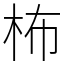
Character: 柨